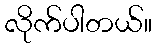
လိုက်ပါတယ်။